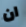
ان